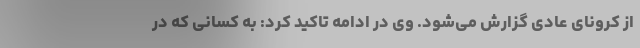
از کرونای عادی گزارش می‌شود. وی در ادامه تاکید کرد: به کسانی که در